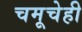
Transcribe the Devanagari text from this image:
चमूचेही